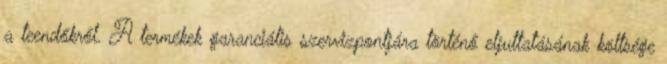
a teendőkről. A termékek garanciális szervizpontjára történő eljuttatásának költsége